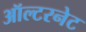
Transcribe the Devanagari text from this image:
ऑल्टरनेट